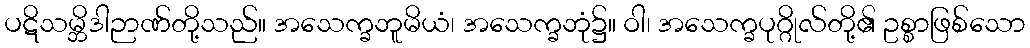
ပဋိသမ္ဘိဒါဉာဏ်တို့သည်။ အသေက္ခဘူမိယံ၊ အသေက္ခဘုံ၌။ ဝါ၊ အသေက္ခပုဂ္ဂိုလ်တို့၏ ဥစ္စာဖြစ်သော